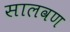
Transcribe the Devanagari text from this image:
सालवण